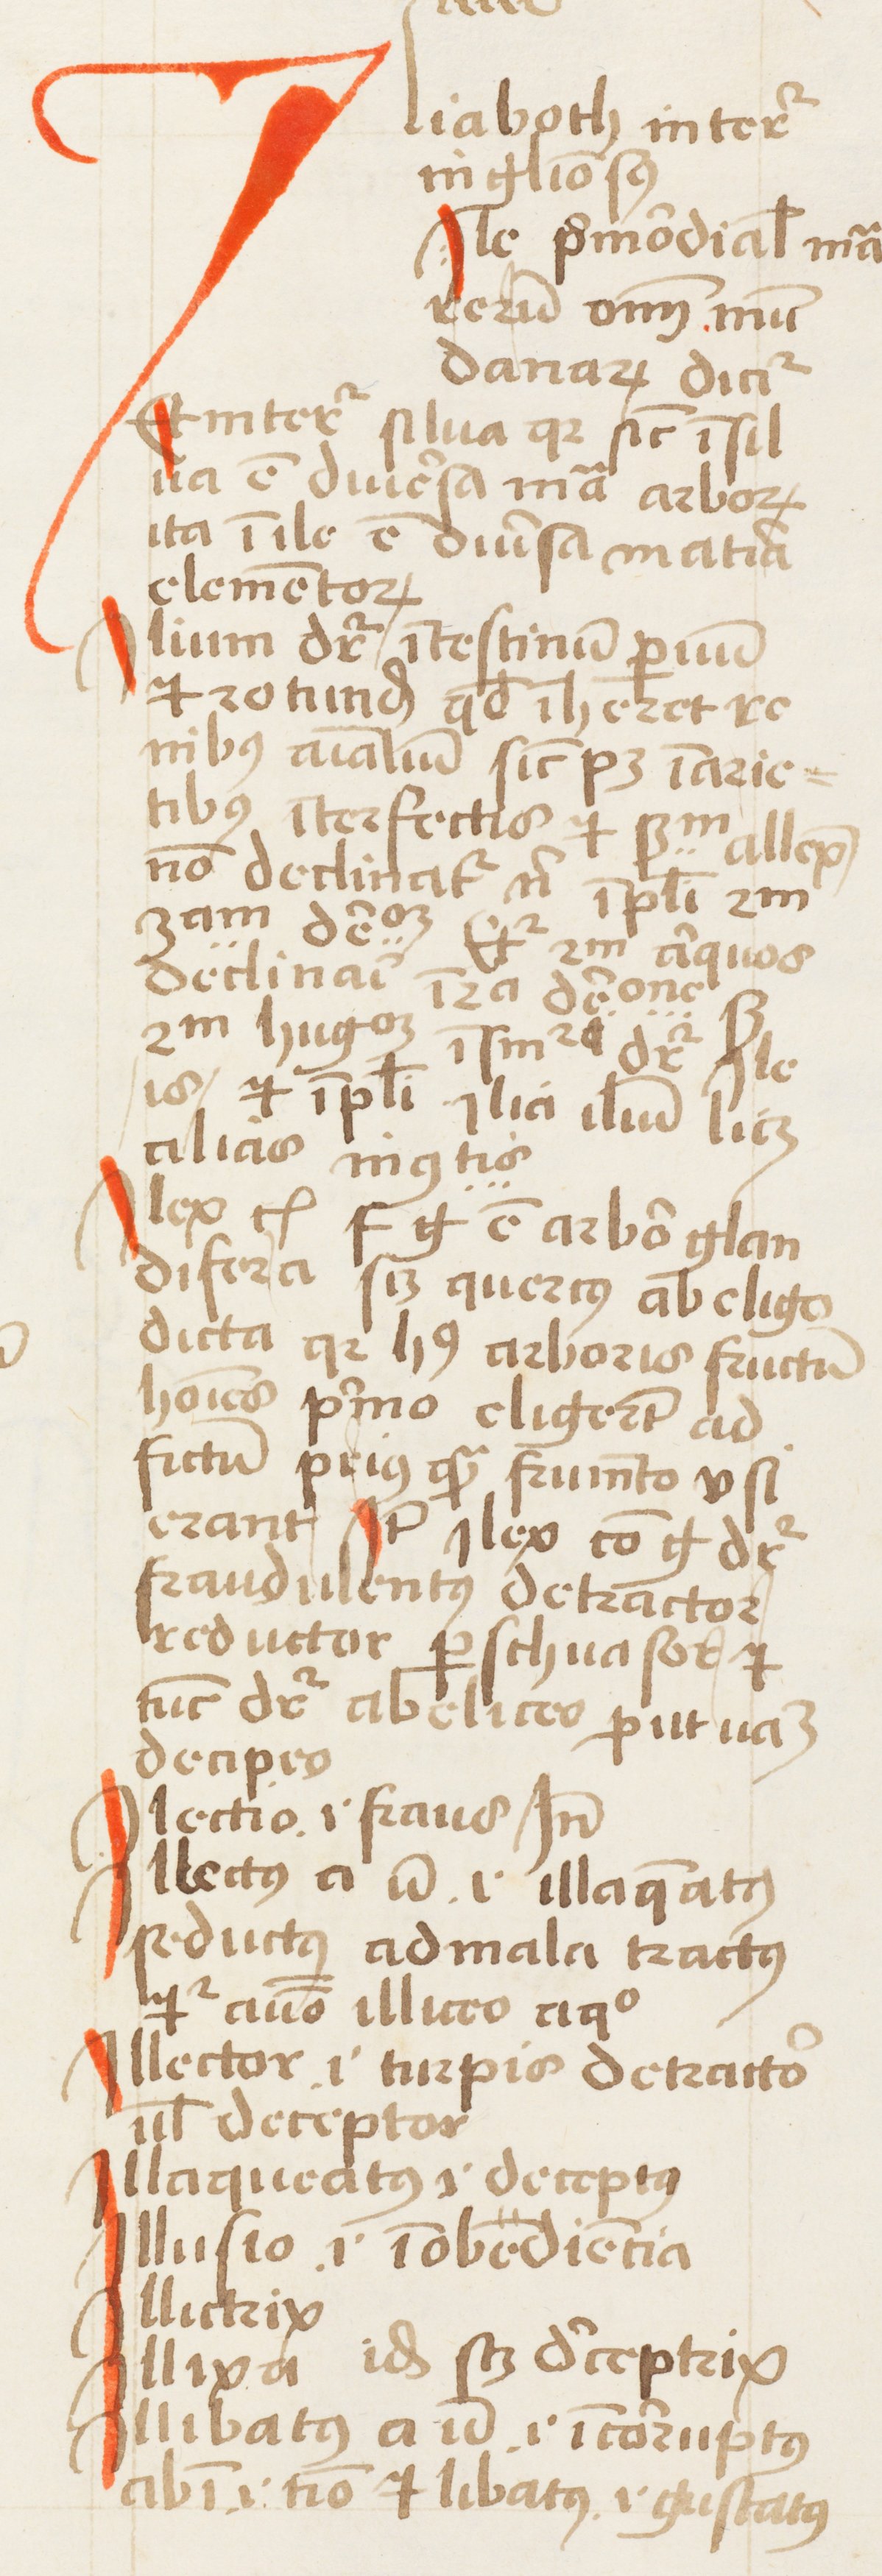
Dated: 1452–1452